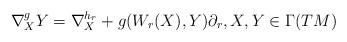
LaTeX: \begin{align*} \nabla^{g}_XY=\nabla^{h_r}_X+g(W_r(X),Y)\partial_r, X,Y\in \Gamma(TM) \end{align*}